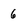
Character: 6